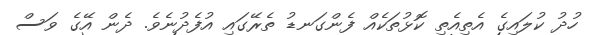
ހުދު ކުލައިގެ އެތިއެތި ކޮޅުތަކެއް ފެންގަނޑު ތެރޭގައި އުފެދުނެވެ. ދެން އޭގެ ވަސް